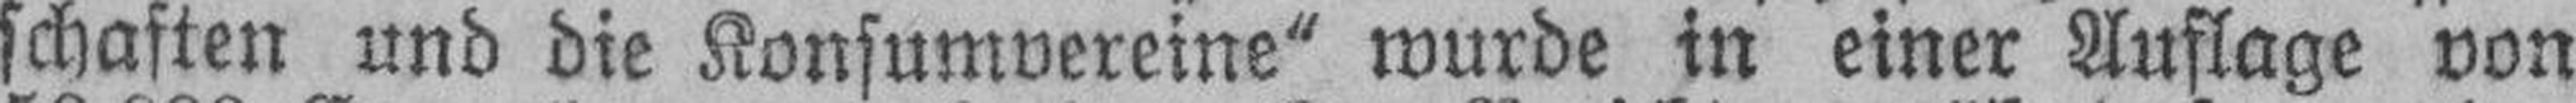
schaften und die Konsumvereine“ wurde in einer Auflage von